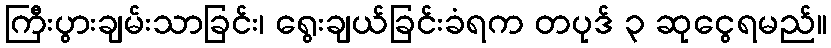
ကြီးပွားချမ်းသာခြင်း၊ ရွေးချယ်ခြင်းခံရက တပုဒ် ၃ ဆုငွေရမည်။